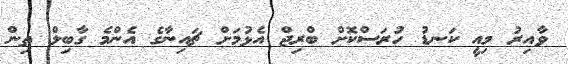
ވާއިރު މިއީ ކަނޑު ހުރަސްކޮށް ބްރިޖް އެޅުމަށް ޗައިނާގެ އެންމެ ގާބިލް ތިން